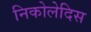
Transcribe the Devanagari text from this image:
निकोलेदिस